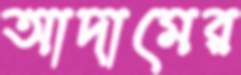
আদামের